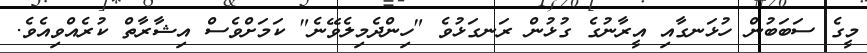
މީގެ ސަބަބުން ހުޅަނގާއި އީރާނުގެ ގުޅުން ރަނގަޅުވެ "ހިންދެމިލެވޭނެ" ކަމަށްވެސް އިޝާރާތް ކުރެއްވިއެވެ.